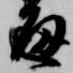
通